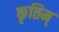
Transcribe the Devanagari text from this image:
कृतिम्